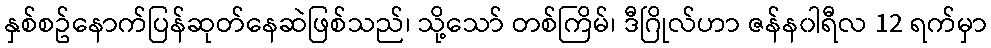
နှစ်စဥ်နောက်ပြန်ဆုတ်နေဆဲဖြစ်သည်၊ သို့သော် တစ်ကြိမ်၊ ဒီဂြိုလ်ဟာ ဇန်န၀ါရီလ 12 ရက်မှာ